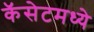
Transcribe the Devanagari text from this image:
कॅसेटमध्ये